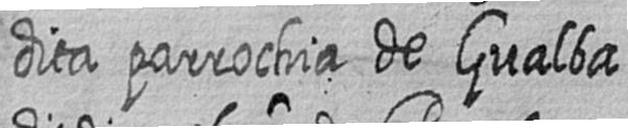
dita parrochia de Gualba